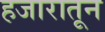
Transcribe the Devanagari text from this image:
हजारातून